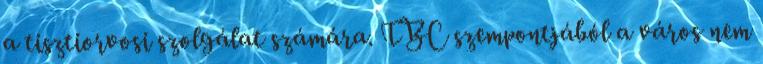
a tisztiorvosi szolgálat számára. TBC szempontjából a város nem